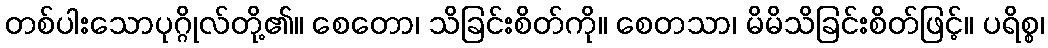
တစ်ပါးသောပုဂ္ဂိုလ်တို့၏။ စေတော၊ သိခြင်းစိတ်ကို။ စေတသာ၊ မိမိသိခြင်းစိတ်ဖြင့်။ ပရိစ္စ၊